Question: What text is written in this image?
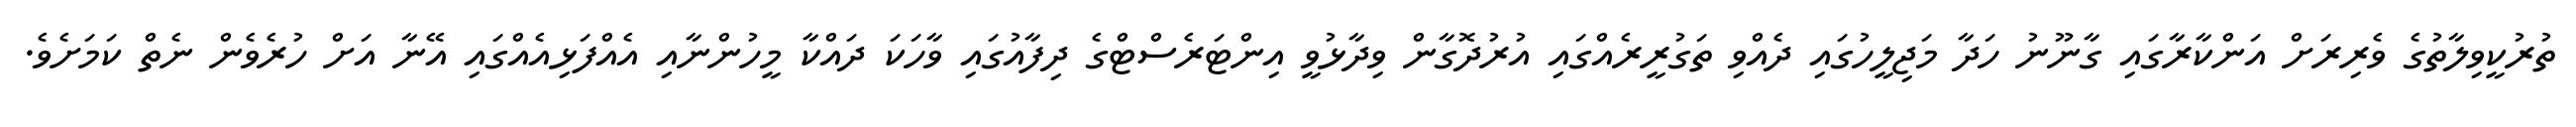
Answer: ތުރުކީވިލާތުގެ ވެރިރަށް އަންކާރާގައި ގާނޫނު ހަދާ މަޖިލީހުގައި ދެއްވި ތަގުރީރެއްގައި އުރުދޮގާން ވިދާޅުވީ އިންޓަރެސްޓްގެ ދިފާއުގައި ވާހަކަ ދައްކާ މީހުންނާއި އެއްފަޅިއެއްގައި އޭނާ އަށް ހުރެވެން ނެތް ކަމަށެވެ.